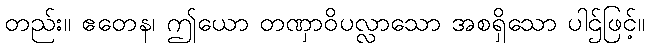
တည်း။ ဧတေန၊ ဤယော တဏှာဝိပလ္လာသော အစရှိသော ပါဌ်ဖြင့်။